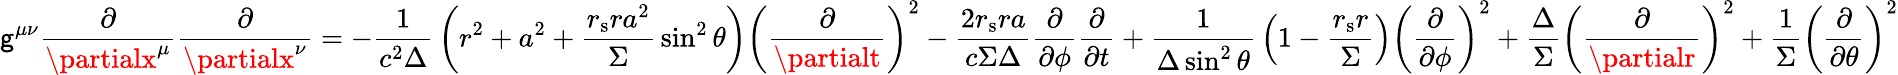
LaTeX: \mathsf{g}^{\mu\nu}{\frac{{\partial}}{{\partialx^{\mu}}}}{\frac{{\partial}}{{\partialx^{\nu}}}}=-{\frac{{1}}{{c^{2}\Delta}}}\left(r^{2}+a^{2}+{\frac{{r_{\mathrm{{s}}}ra^{2}}}{{\Sigma}}}\sin^{2}\theta\right)\left({\frac{{\partial}}{{\partialt}}}\right)^{2}-{\frac{{2r_{\mathrm{{s}}}ra}}{{c\Sigma\Delta}}}{\frac{{\partial}}{{\partial\phi}}}{\frac{{\partial}}{{\partial{t}}}}+{\frac{{1}}{{\Delta\sin^{2}\theta}}}\left(1-{\frac{{r_{\mathrm{{s}}}r}}{{\Sigma}}}\right)\left({\frac{{\partial}}{{\partial\phi}}}\right)^{2}+{\frac{{\Delta}}{{\Sigma}}}\left({\frac{{\partial}}{{\partialr}}}\right)^{2}+{\frac{{1}}{{\Sigma}}}\left({\frac{{\partial}}{{\partial\theta}}}\right)^{2}